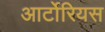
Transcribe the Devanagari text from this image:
आर्टोरियस